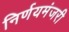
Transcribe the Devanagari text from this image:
निर्णयमंजरी